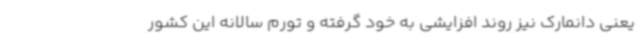
یعنی دانمارک نیز روند افزایشی به خود گرفته و تورم سالانه این کشور